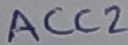
Text: ACC2